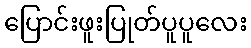
ပြောင်းဖူးပြုတ်ပူပူလေး